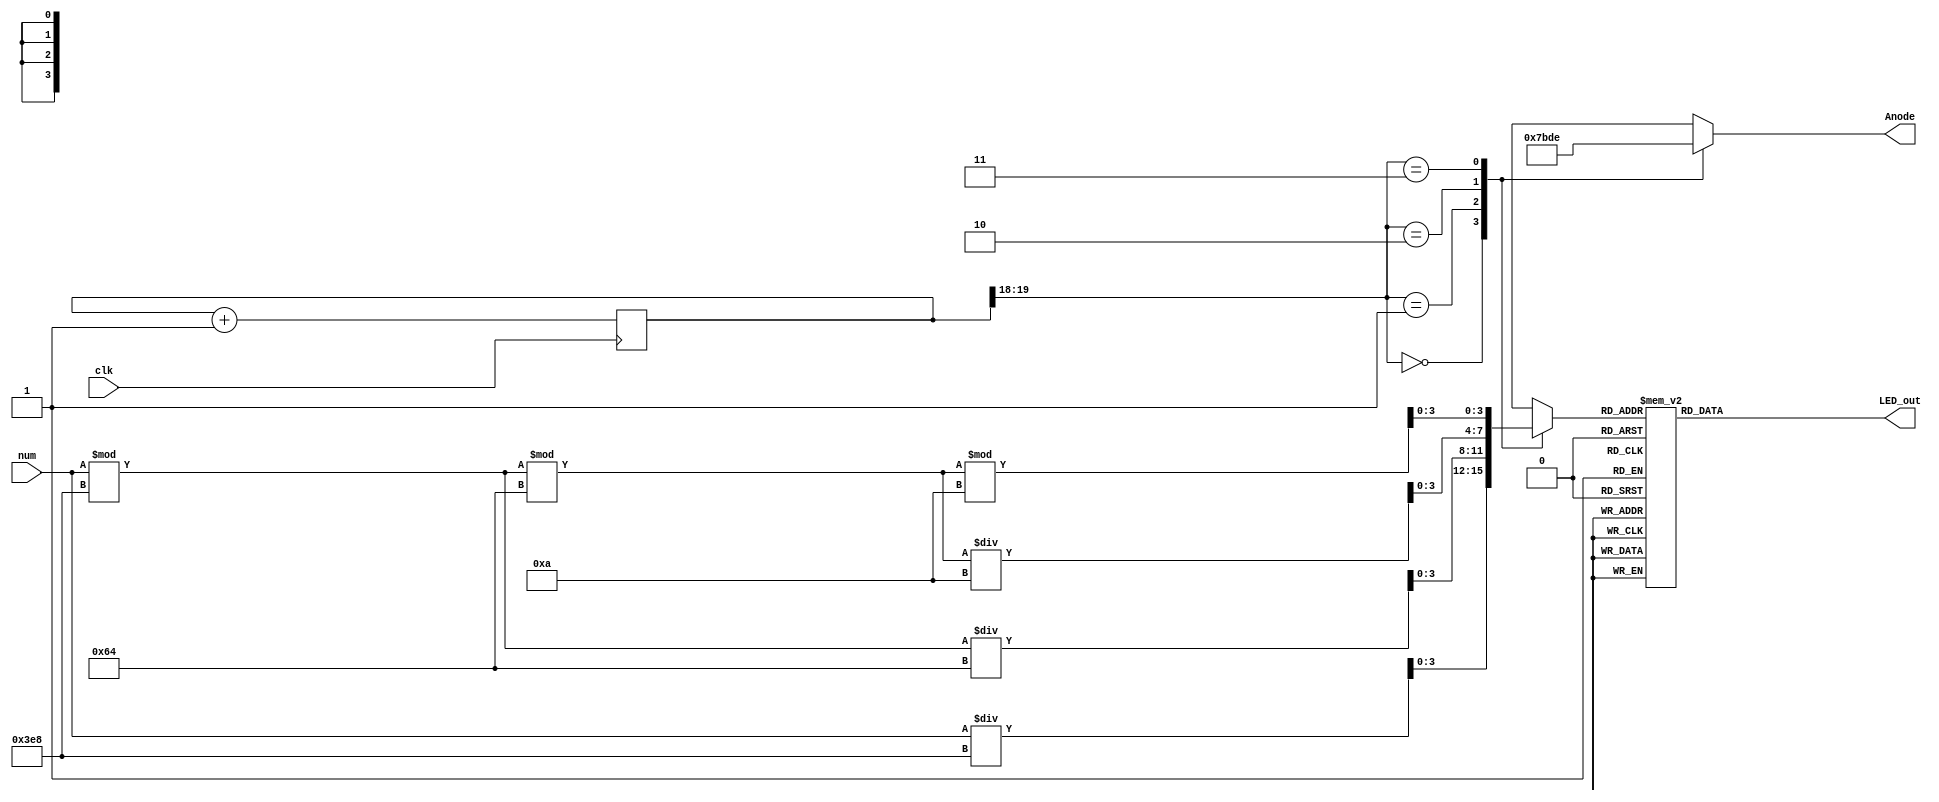
`timescale 1ns / 1ps
//////////////////////////////////////////////////////////////////////////////////
// Company: 
// Engineer: 
// 
// Design Name: 
// Module Name: number_display
// Project Name: 
// Target Devices: 
// Tool Versions: 
// Description: 
// 
// Dependencies: 
// 
// Revision:
// Revision 0.01 - File Created
// Additional Comments:
// 
//////////////////////////////////////////////////////////////////////////////////


module Four_Digit_Seven_Segment_Driver_2 (
 input clk,
 input [12:0] num,
 output reg [3:0] Anode,
 output reg [6:0] LED_out
 );

 reg [3:0] LED_BCD;
 reg [19:0] refresh_counter = 0; // 20-bit counter
 wire [1:0] LED_activating_counter;
 always @(posedge clk)
 begin
 refresh_counter <= refresh_counter + 1;
 end

 assign LED_activating_counter = refresh_counter[19:18];

 always @(*)
 begin
 case(LED_activating_counter)
 2'b00: begin
 Anode = 4'b0111;
 LED_BCD = num/1000;
 end
 2'b01: begin
 Anode = 4'b1011;
 LED_BCD = (num % 1000)/100;
 end
 2'b10: begin
 Anode = 4'b1101;
 LED_BCD = ((num % 1000)%100)/10;
 end
 2'b11: begin
 Anode = 4'b1110;
 LED_BCD = ((num % 1000)%100)%10;
 end
 endcase
 end
 always @(*)
 begin
 case(LED_BCD)
 4'b0000: LED_out = 7'b0000001; // "0"
 4'b0001: LED_out = 7'b1001111; // "1"
 4'b0010: LED_out = 7'b0010010; // "2"
 4'b0011: LED_out = 7'b0000110; // "3"
 4'b0100: LED_out = 7'b1001100; // "4"
 4'b0101: LED_out = 7'b0100100; // "5"
 4'b0110: LED_out = 7'b0100000; // "6"
 4'b0111: LED_out = 7'b0001111; // "7"
 4'b1000: LED_out = 7'b0000000; // "8"
 4'b1001: LED_out = 7'b0000100; // "9"
 default: LED_out = 7'b0000001; // "0"
 endcase
 end
endmodule